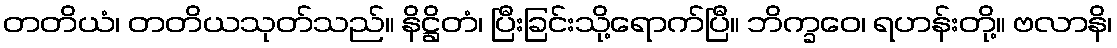
တတိယံ၊ တတိယသုတ်သည်။ နိဋ္ဌိတံ၊ ပြီးခြင်းသို့ရောက်ပြီ။ ဘိက္ခဝေ၊ ရဟန်းတို့။ ဗလာနိ၊